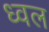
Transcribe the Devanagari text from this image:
ध्वल